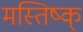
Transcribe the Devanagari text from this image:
मस्तिष्क्